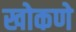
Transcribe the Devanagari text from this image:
खोकणे